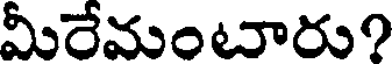
మీరేమంటారు?